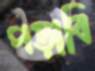
পড়াবি